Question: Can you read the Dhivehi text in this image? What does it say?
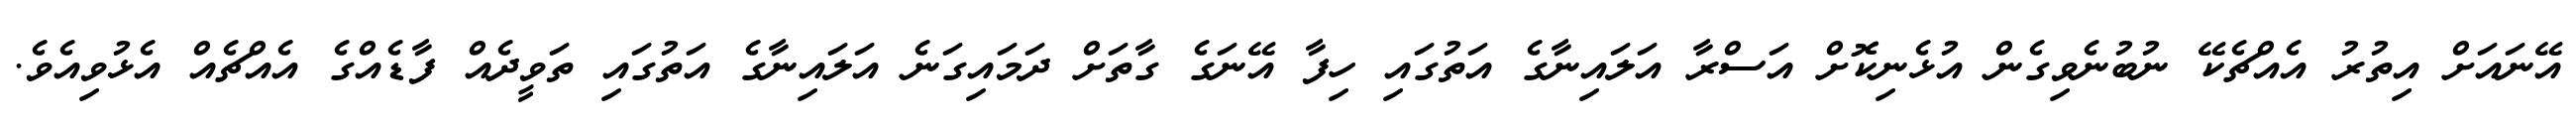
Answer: އޭނައަށް އިތުރު އެއްޗެކޭ ނުބުނެވިގެން އުޅެނިކޮށް އަސްރާ އަލައިނާގެ އަތުގައި ހިފާ އޭނަގެ ގާތަށް ދަމައިގަނެ އަލައިނާގެ އަތުގައި ތަވީދެއް ފާޑެއްގެ އެއްޗެއް އެޅުވިއެވެ.